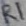
Text: R1